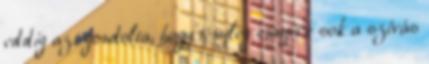
eddig azt gondolta, hogy tényleg ennyire sok a szívás